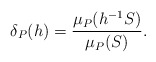
\begin{align*}\delta_P(h)=\frac{\mu_P(h^{-1}S)}{\mu_P(S)}.\end{align*}